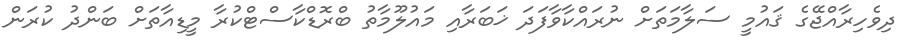
ދިވެހިރާއްޖޭގެ ޤައުމީ ސަލާމަތަށް ނުރައްކާވާފަދަ ޚަބަރާއި މައުލޫމާތު ބްރޮޑްކާސްޓްކުރާ މީޑިއާތަށް ބަންދު ކުރަން